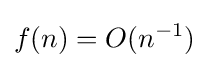
f(n)=O(n^{-1})